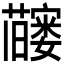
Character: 𬟗